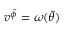
v ^ { \tilde { \phi } } = \omega ( \tilde { \theta } )